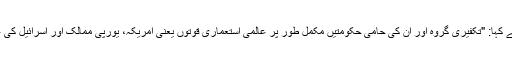
انہوں نے ایک ناقابل انکار حقیقت کی جانب اشارہ کرتے ہوئے کہا: "تکفیری گروہ اور ان کی حامی حکومتیں مکمل طور پر عالمی استعماری قوتوں یعنی امریکہ، یورپی ممالک اور اسرائیل کی غاصب صہیونی رژیم کے اہداف کی تکمیل کیلئے کوشاں ہیں۔